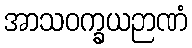
အာသဝက္ခယဉာဏံ